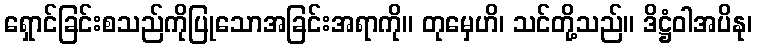
ရှောင်ခြင်းစသည်ကိုပြုသောအခြင်းအရာကို။ တုမှေဟိ၊ သင်တို့သည်။ ဒိဋ္ဌံဝါအပိနု၊